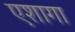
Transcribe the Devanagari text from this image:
एशागा